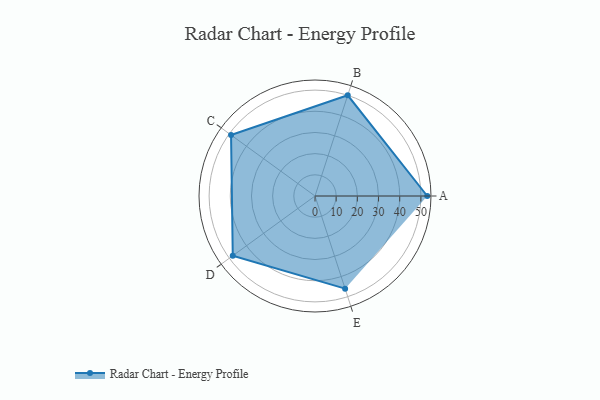
{"axis": {"x": "Skill", "y": "Score"}, "legend": ["Profile"], "data": [{"x": "A", "y": 53.0, "type": "Profile"}, {"x": "B", "y": 50.0, "type": "Profile"}, {"x": "C", "y": 49.0, "type": "Profile"}, {"x": "D", "y": 48.0, "type": "Profile"}, {"x": "E", "y": 46.0, "type": "Profile"}]}